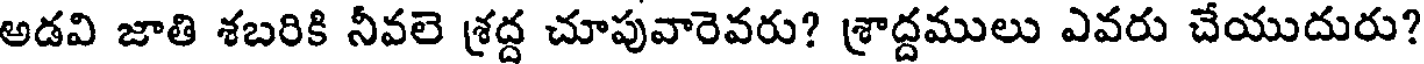
అడవి జాతి శబరికి నీవలె శ్రద్ద చూపువారెవరు? శ్రాద్దములు ఎవరు చేయుదురు?